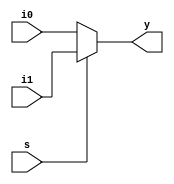
module conditional_mux(i0,i1,s,y);
input i0,i1,s;
output y;
assign y=s?i1:i0;
endmodule